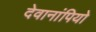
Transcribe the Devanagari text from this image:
देवानांपियो